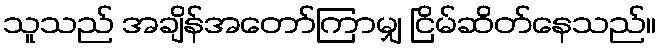
သူသည် အချိန်အတော်ကြာမျှ ငြိမ်ဆိတ်နေသည်။